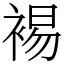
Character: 裼